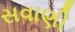
સવાણી